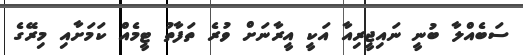
ސަބެއްލާ ބުނީ ނައިޖީރިއާ އަކީ އީރާނަށް ވުރެ ތަފާތު ޓީމެއް ކަމަށާއި މިރޭގެ